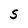
Character: S